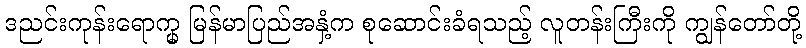
ဒညင်းကုန်းရောက္မှ မြန်မာပြည်အနှံ့က စုဆောင်းခံရသည့် လူတန်းကြီးကို ကျွန်တော်တို့